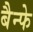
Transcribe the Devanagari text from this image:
बैन्फे